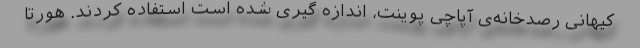
کیهانی رصدخانه‌ی آپاچی پوینت، اندازه گیری شده است استفاده کردند. هورتا